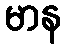
မာန